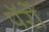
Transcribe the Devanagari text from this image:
पॅरों